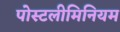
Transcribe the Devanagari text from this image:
पोस्टलीमिनियम